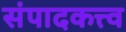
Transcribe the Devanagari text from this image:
संपादकत्त्व